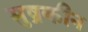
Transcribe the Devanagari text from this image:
मुष्रकीन